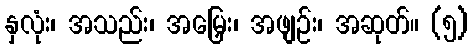
နှလုံး၊ အသည်း၊ အမြှေး၊ အဖျဉ်း၊ အဆုတ်။ (၅)